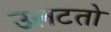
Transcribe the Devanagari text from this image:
उलटतो